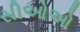
સીઓઓ